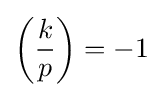
\left({\frac {k}{p}}\right)=-1